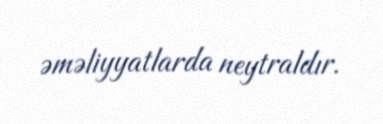
əməliyyatlarda neytraldır.